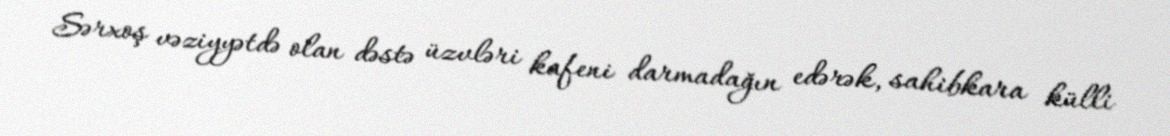
Sərxoş vəziyyətdə olan dəstə üzvləri kafeni darmadağın edərək, sahibkara külli